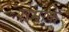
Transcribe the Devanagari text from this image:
रोमाके